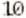
10